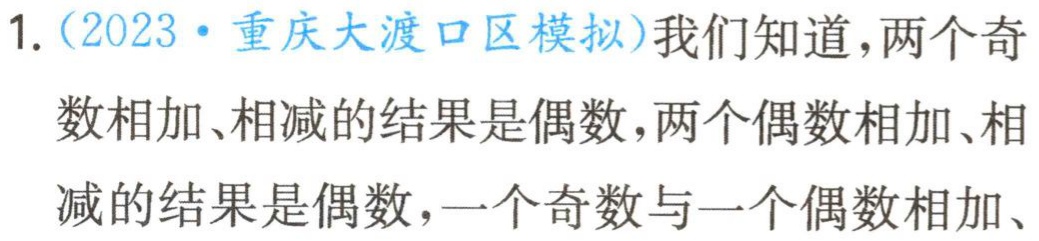
1.（2023·重庆大渡口区模拟）我们知道，两个奇数相加、相减的结果是偶数，两个偶数相加、相减的结果是偶数，一个奇数与一个偶数相加、